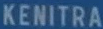
KENITRA